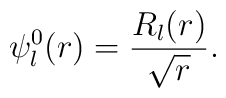
\psi^0_l(r) = \frac{R_l(r)}{\sqrt{r}}.